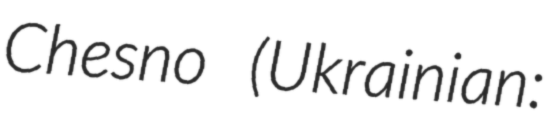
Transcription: Chesno (Ukrainian: